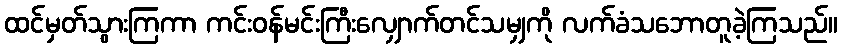
ထင်မှတ်သွားကြကာ ကင်းဝန်မင်းကြီးလျှောက်တင်သမျှကို လက်ခံသဘောတူခဲ့ကြသည်။